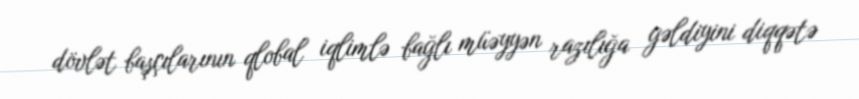
dövlət başçılarının qlobal iqlimlə bağlı müəyyən razılığa gəldiyini diqqətə